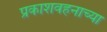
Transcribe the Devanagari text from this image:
प्रकाशवहनाच्या